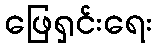
ဖြေရှင်းရေး